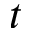
t